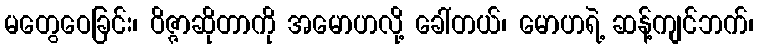
မတွေဝေခြင်း၊ ဝိဇ္ဇာဆိုတာကို အမောဟလို့ ခေါ်တယ်၊ မောဟရဲ့ ဆန့်ကျင်ဘက်၊